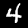
Digit: 4